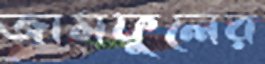
জামফুলের